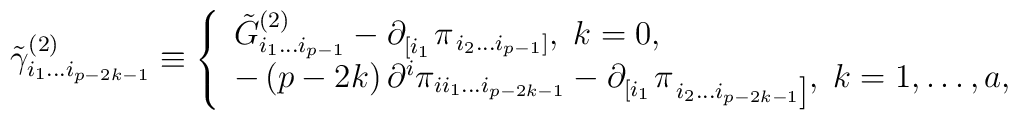
\tilde \gamma _{i_1\ldots i_{p-2k-1}}^{(2)}\equiv \left\{ \begin{array}{l}\tilde G_{i_1\ldots i_{p-1}}^{(2)}-\partial _{\left[ i_1\right. }^{}\pi_{\left. i_2\ldots i_{p-1}\right] },\;k=0, \\ -\left( p-2k\right) \partial ^i\pi _{ii_1\ldots i_{p-2k-1}}-\partial_{\left[ i_1\right. }^{}\pi _{\left. i_2\ldots i_{p-2k-1}\right]},\;k=1,\ldots ,a, \end{array}\right.